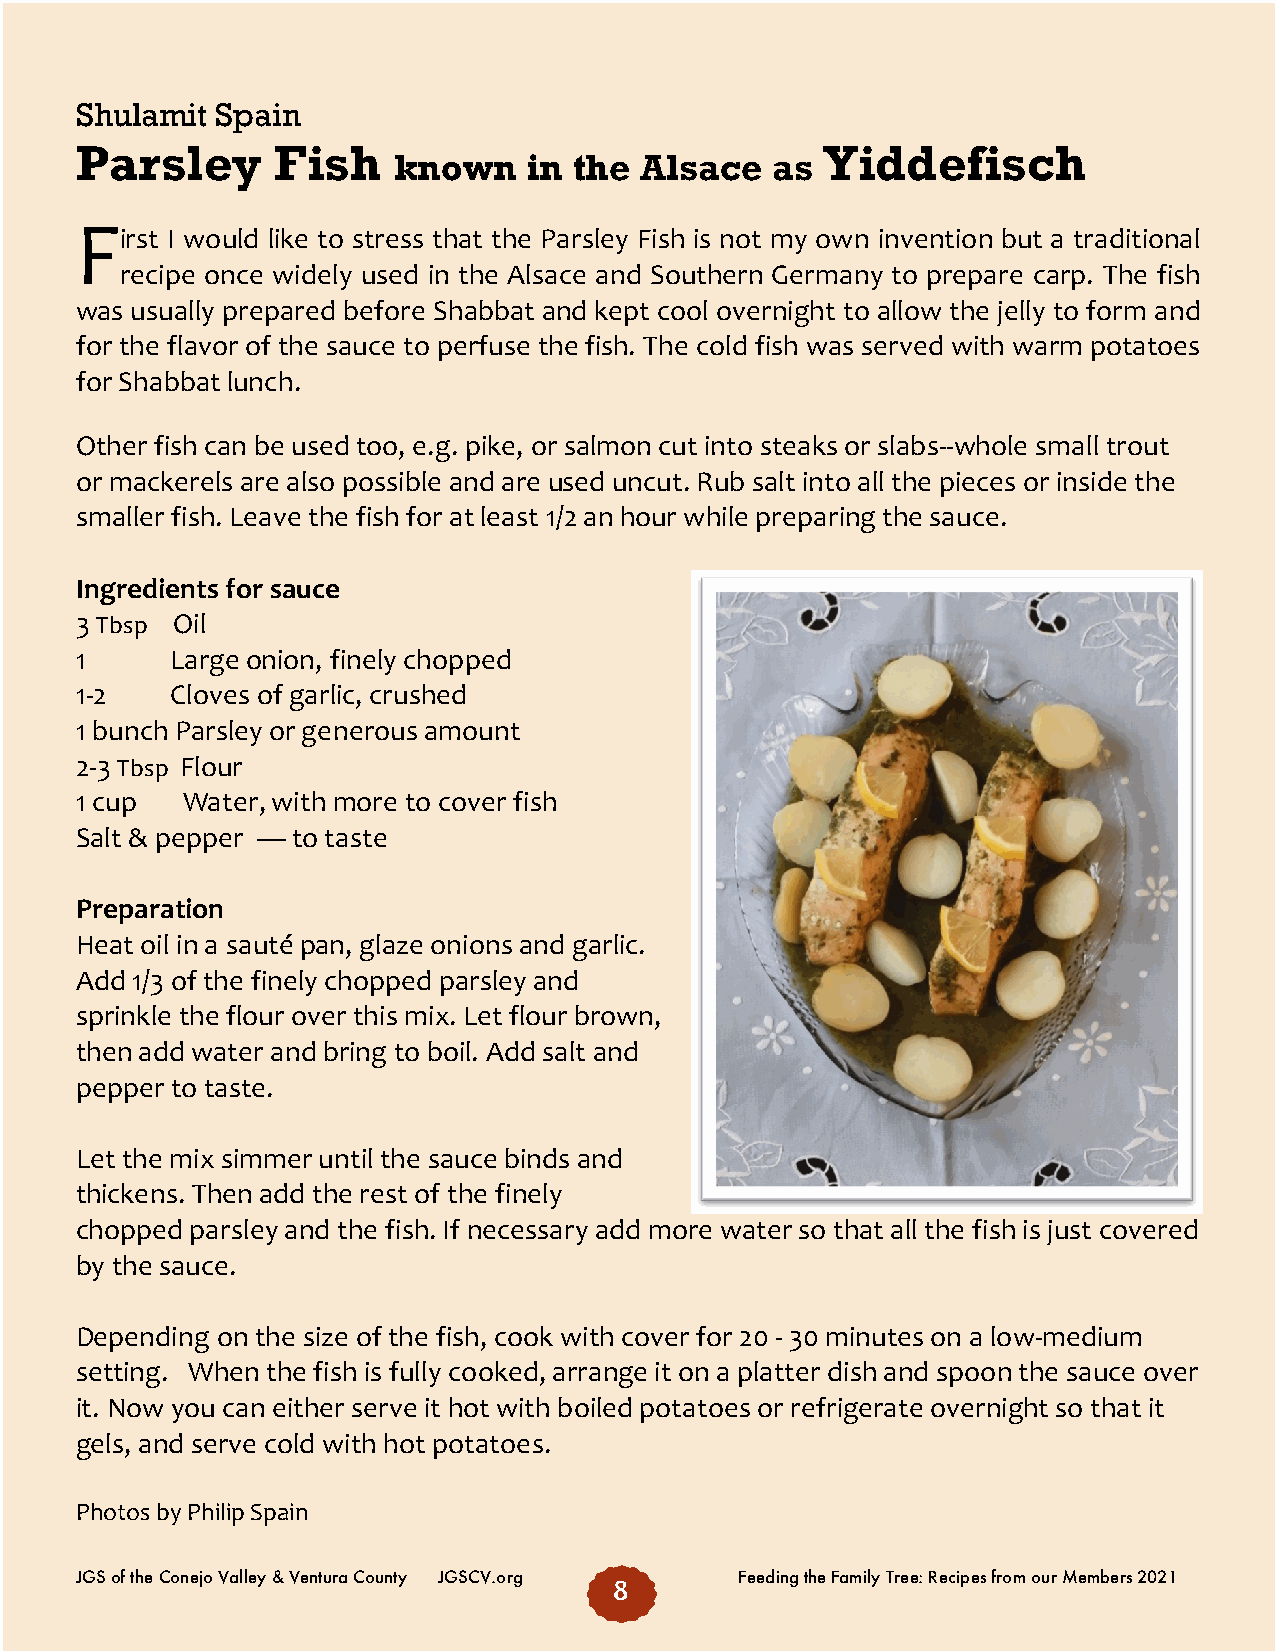
Shulamit Spain
 Parsley      Fish                                Yiddefisch
 known    in the Alsace   as
 F
 irst I would like to stress that the Parsley Fish is not my own invention but a traditional
 recipe once widely used in the Alsace and Southern Germany to prepare carp. The fish
 was usually prepared before Shabbat and kept cool overnight to allow the jelly to form and
 for the flavor of the sauce to perfuse the fish. The cold fish was served with warm potatoes
 for Shabbat lunch.
 Other fish can be used too, e.g. pike, or salmon cut into steaks or slabs--whole small trout
 or mackerels are also possible and are used uncut. Rub salt into all the pieces or inside the
 smaller fish. Leave the fish for at least 1/2 an hour while preparing the sauce.
 Ingredients for sauce
 3 Tbsp Oil
 1     Large onion, finely chopped
 1-2   Cloves of garlic, crushed
 1 bunch Parsley or generous amount
 2-3 Tbsp Flour
 1 cup  Water, with more to cover fish
 Salt & pepper — to taste
 Preparation
 Heat oil in a sauté ́pan, glaze onions and garlic.
 Add 1/3 of the finely chopped parsley and
 sprinkle the flour over this mix. Let flour brown,
 then add water and bring to boil. Add salt and
 pepper to taste.
 Let the mix simmer until the sauce binds and
 thickens. Then add the rest of the finely
 chopped parsley and the fish. If necessary add more water so that all the fish is just covered
 by the sauce.
 Depending on the size of the fish, cook with cover for 20 - 30 minutes on a low-medium
 setting. When the fish is fully cooked, arrange it on a platter dish and spoon the sauce over
 it. Now you can either serve it hot with boiled potatoes or refrigerate overnight so that it
 gels, and serve cold with hot potatoes.
 Photos by Philip Spain
 JGS of the Conejo Valley & Ventura County JGSCV.org Feeding the Family Tree: Recipes from our Members 2021
 8